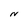
Character: N